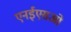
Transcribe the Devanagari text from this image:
एनईएसओ